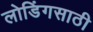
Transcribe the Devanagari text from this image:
लोडिंगसाठी